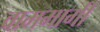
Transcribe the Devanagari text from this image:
वाममार्गी